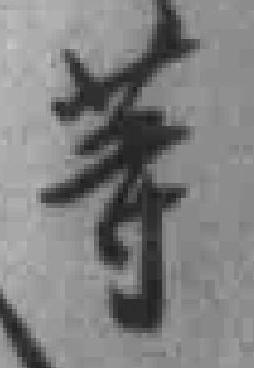
等